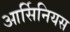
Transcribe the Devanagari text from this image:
आर्सिनियस